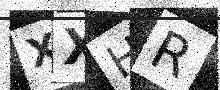
Text: XXHR